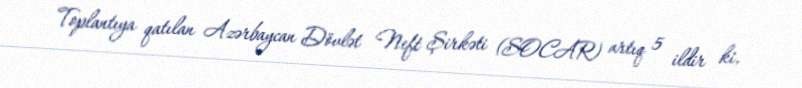
Toplantıya qatılan Azərbaycan Dövlət Neft Şirkəti (SOCAR) artıq 5 ildir ki,